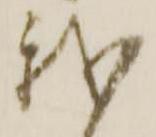
我